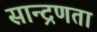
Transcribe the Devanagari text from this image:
सान्द्रणता